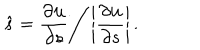
\hat { s } = \frac { \partial { \bf u } } { \partial s } \bigg / \left| \frac { \partial { \bf u } } { \partial s } \right| .